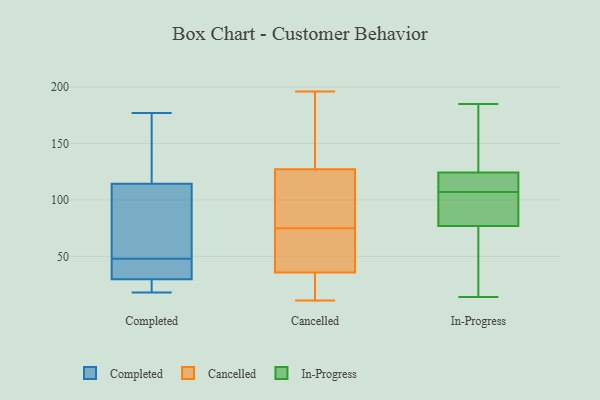
{"axis": {"x": "Inventory Turnover", "y": "Value"}, "legend": ["Cancelled", "Completed", "In-Progress"], "data": [{"x": "", "y": 22, "type": "Completed"}, {"x": "", "y": 20, "type": "Completed"}, {"x": "", "y": 73, "type": "Completed"}, {"x": "", "y": 115, "type": "Completed"}, {"x": "", "y": 18, "type": "Completed"}, {"x": "", "y": 39, "type": "Completed"}, {"x": "", "y": 88, "type": "Completed"}, {"x": "", "y": 57, "type": "Completed"}, {"x": "", "y": 164, "type": "Completed"}, {"x": "", "y": 48, "type": "Completed"}, {"x": "", "y": 176, "type": "Completed"}, {"x": "", "y": 47, "type": "Completed"}, {"x": "", "y": 34, "type": "Completed"}, {"x": "", "y": 114, "type": "Completed"}, {"x": "", "y": 31, "type": "Completed"}, {"x": "", "y": 177, "type": "Completed"}, {"x": "", "y": 26, "type": "Completed"}, {"x": "", "y": 115, "type": "Cancelled"}, {"x": "", "y": 75, "type": "Cancelled"}, {"x": "", "y": 36, "type": "Cancelled"}, {"x": "", "y": 11, "type": "Cancelled"}, {"x": "", "y": 87, "type": "Cancelled"}, {"x": "", "y": 164, "type": "Cancelled"}, {"x": "", "y": 42, "type": "Cancelled"}, {"x": "", "y": 94, "type": "Cancelled"}, {"x": "", "y": 62, "type": "Cancelled"}, {"x": "", "y": 35, "type": "Cancelled"}, {"x": "", "y": 196, "type": "Cancelled"}, {"x": "", "y": 179, "type": "Cancelled"}, {"x": "", "y": 23, "type": "Cancelled"}, {"x": "", "y": 82, "type": "In-Progress"}, {"x": "", "y": 122, "type": "In-Progress"}, {"x": "", "y": 107, "type": "In-Progress"}, {"x": "", "y": 14, "type": "In-Progress"}, {"x": "", "y": 110, "type": "In-Progress"}, {"x": "", "y": 130, "type": "In-Progress"}, {"x": "", "y": 80, "type": "In-Progress"}, {"x": "", "y": 185, "type": "In-Progress"}, {"x": "", "y": 125, "type": "In-Progress"}, {"x": "", "y": 52, "type": "In-Progress"}, {"x": "", "y": 76, "type": "In-Progress"}]}